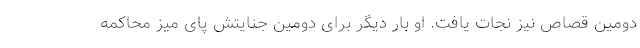
دومین قصاص نیز نجات یافت. او بار دیگر برای دومین جنایتش پای میز محاکمه